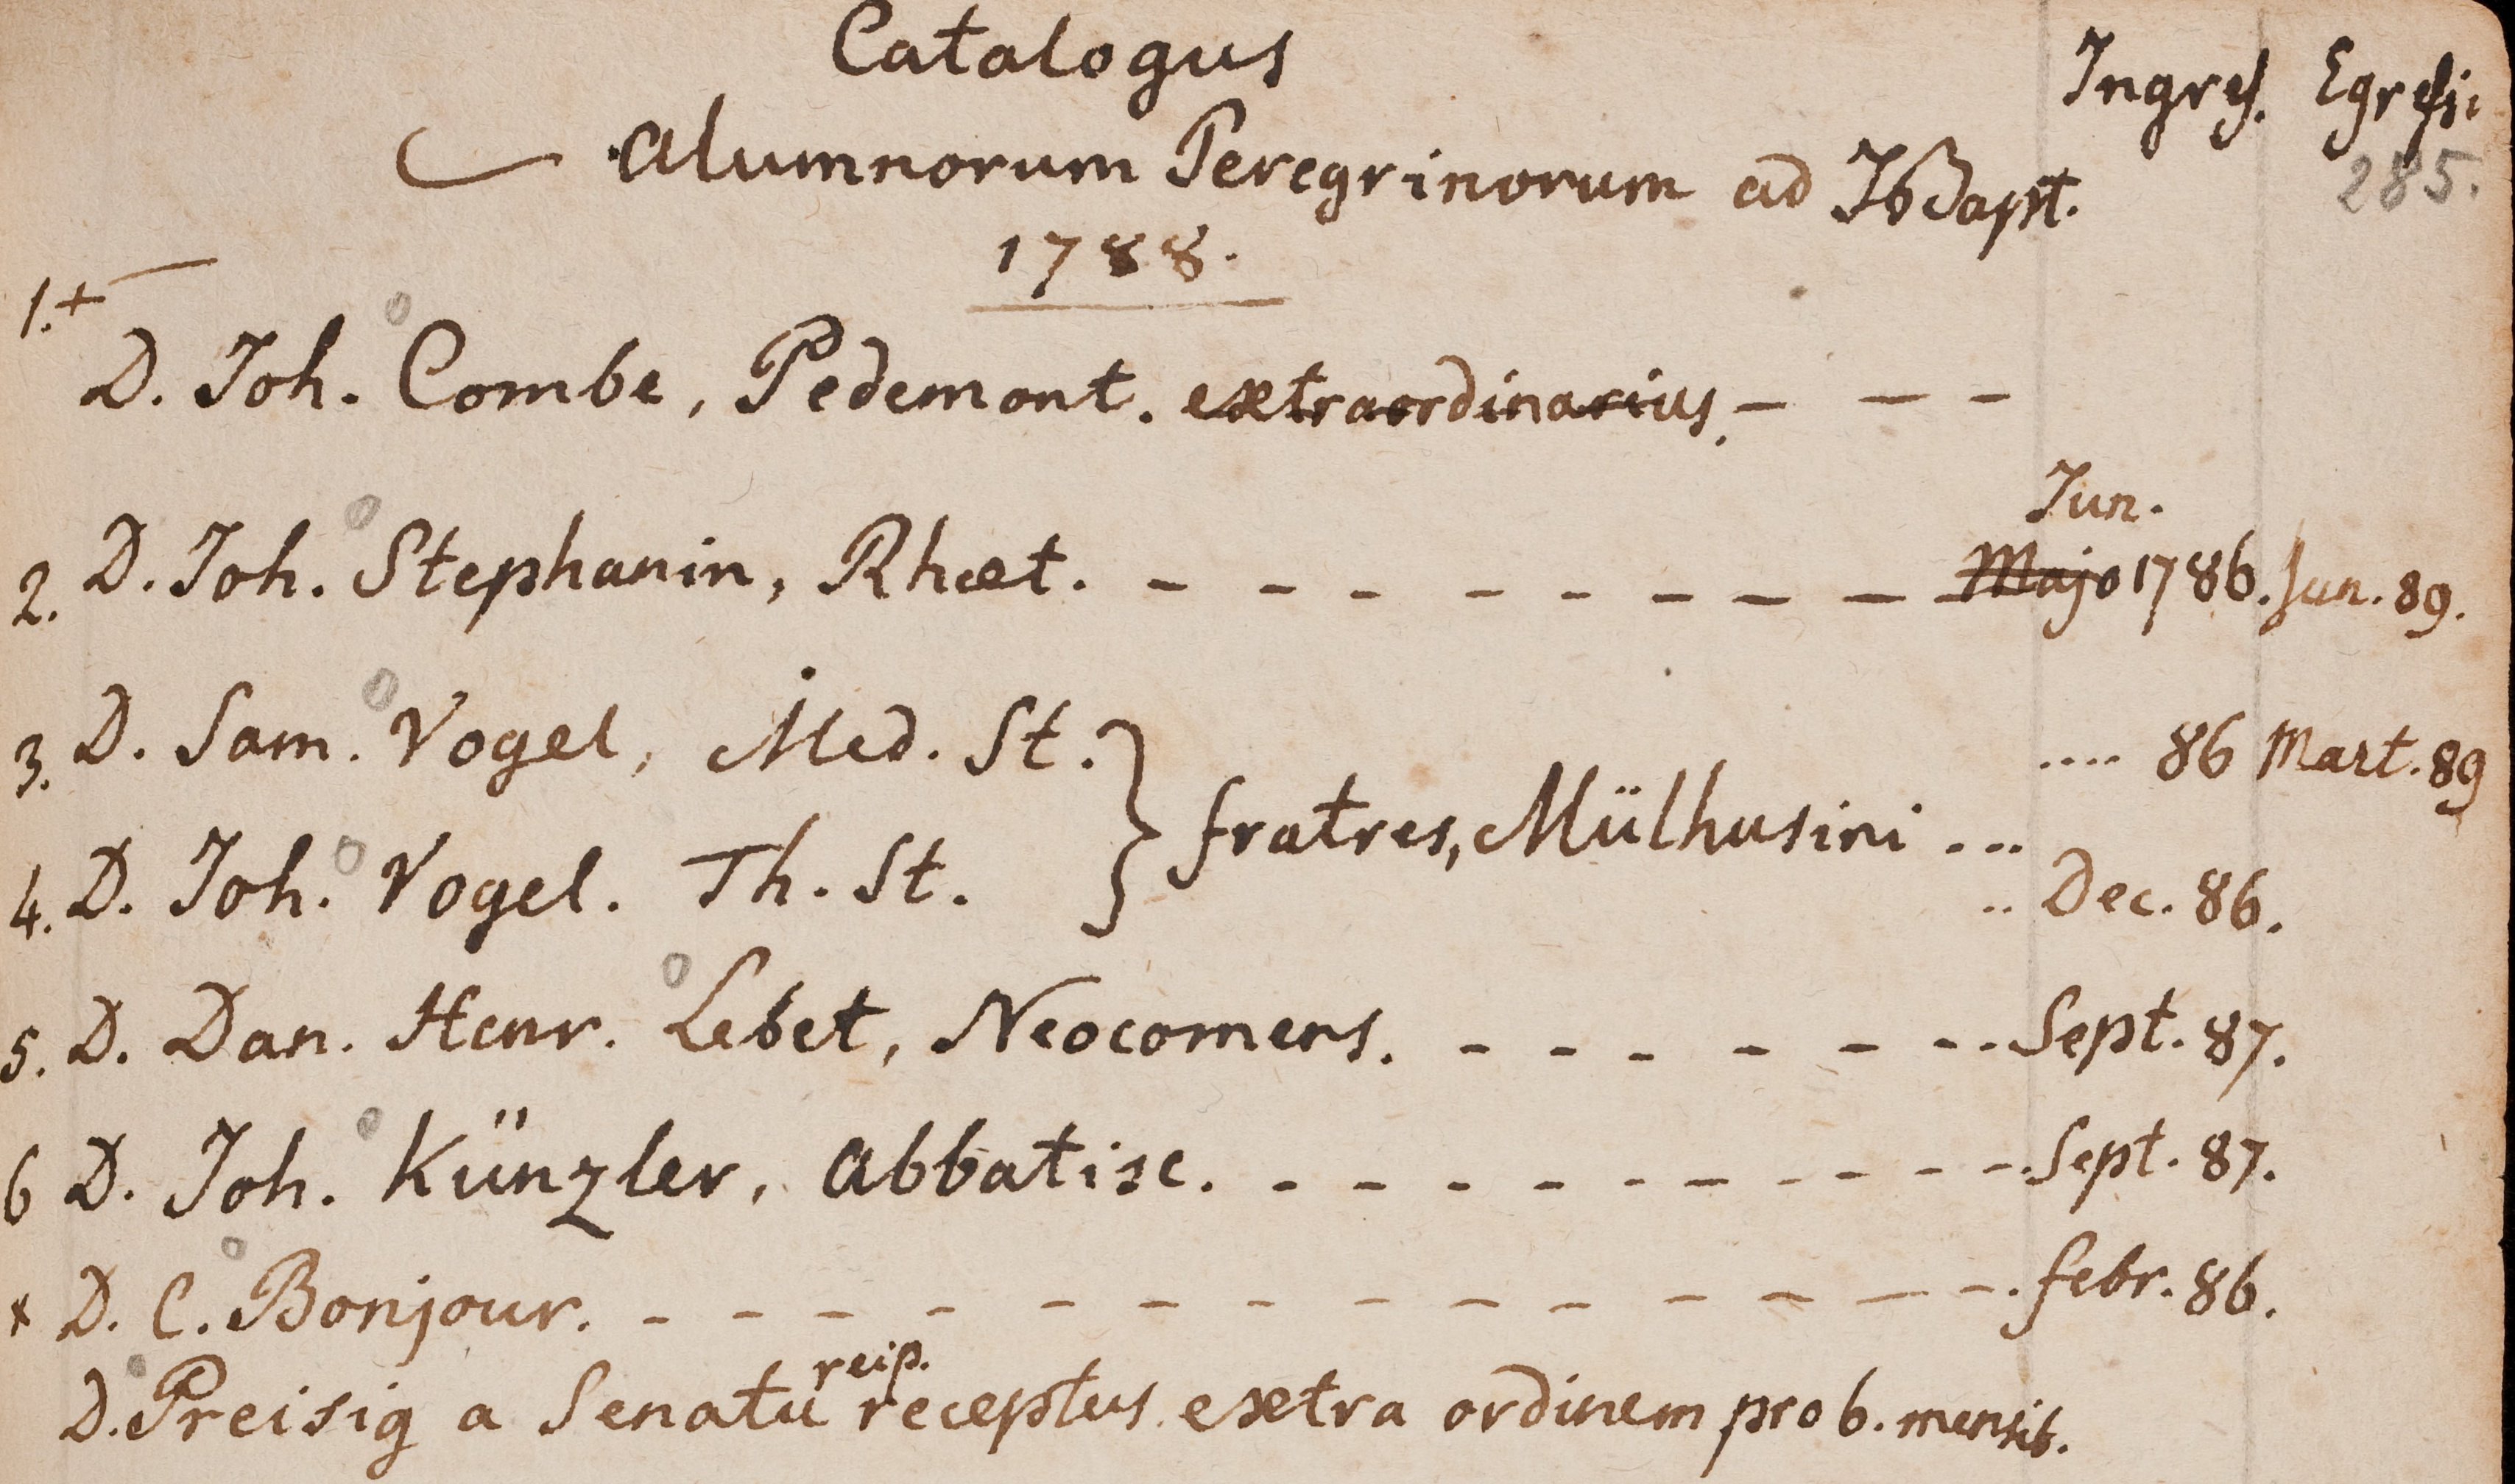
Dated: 1599–1789